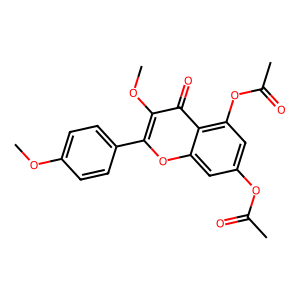
SMILES: COc1ccc(-c2oc3cc(OC(C)=O)cc(OC(C)=O)c3c(=O)c2OC)cc1
Inhibits HIV replication: No